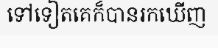
ទៅទៀតគេក៏បានរកឃើញ